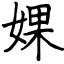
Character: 婐